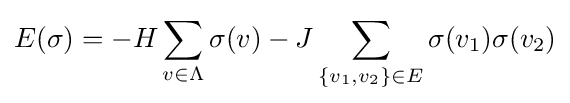
E(\sigma )=-H\sum _{v\in \Lambda }\sigma (v)-J\sum _{\{v_{1},v_{2}\}\in E}\sigma (v_{1})\sigma (v_{2})